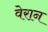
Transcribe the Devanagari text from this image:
वेरान